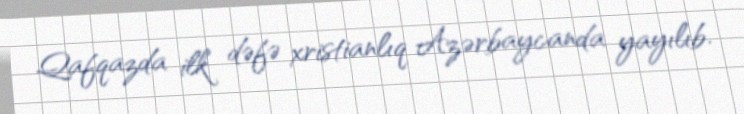
Qafqazda ilk dəfə xristianlıq Azərbaycanda yayılıb.